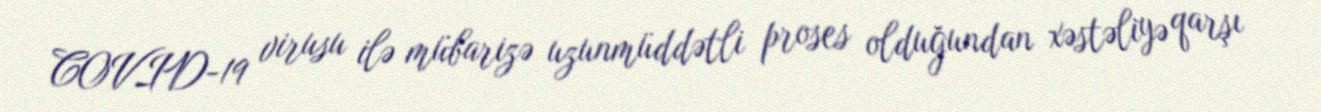
COVID-19 virusu ilə mübarizə uzunmüddətli proses olduğundan xəstəliyə qarşı